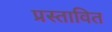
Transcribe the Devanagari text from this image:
प्रस्‍तावित